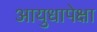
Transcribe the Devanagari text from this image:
आयुधापेक्षा